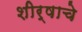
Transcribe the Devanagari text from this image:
शीर्षाचे